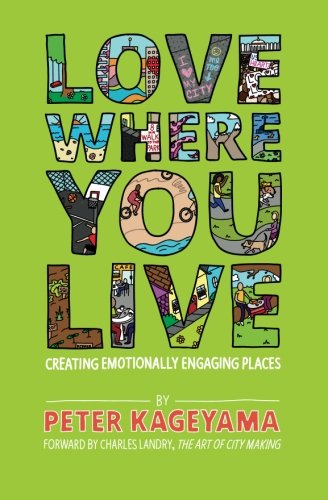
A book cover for Love Where You Live: Creating Emotionally Engaging Places; Peter Kageyama; Business & Money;